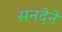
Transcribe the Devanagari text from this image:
सनदेने